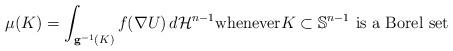
LaTeX: \begin{align*}\mu (K) = \int_{\mathbf{g}^{-1}(K)} f(\nabla U ) \, d\mathcal{H}^{n-1} \mbox{whenever} K\subset\mathbb{S}^{n-1} \, \, \mbox{is a Borel set}\end{align*}